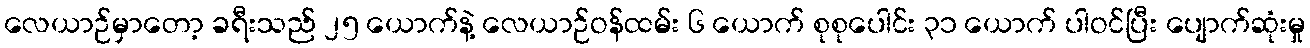
လေယာဉ်မှာတော့ ခရီးသည် ၂၅ ယောက်နဲ့ လေယာဉ်ဝန်ထမ်း ၆ ယောက် စုစုပေါင်း ၃၁ ယောက် ပါဝင်ပြီး ပျောက်ဆုံးမှု